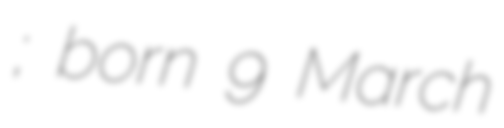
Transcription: Նազարյան; born 9 March